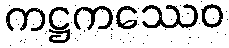
ကဋ္ဌကဿေဝ